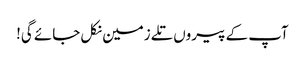
آپ کے پیروں تلے زمین نکل جائے گی!